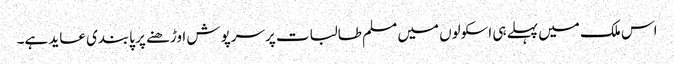
اس ملک میں پہلے ہی اسکولوں میں مسلم طالبات پرسرپوش اوڑھنے پر پابندی عاید ہے۔